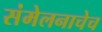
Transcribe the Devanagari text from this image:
संमेलनाचेच